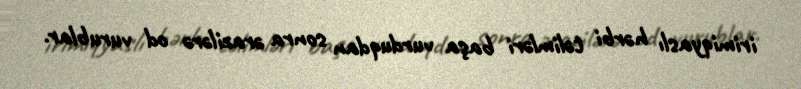
irimiqyaslı hərbi təlimləri başa vurduqdan sonra ərazilərə od vurublar.